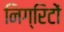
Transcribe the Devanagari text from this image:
निग्रिटों